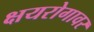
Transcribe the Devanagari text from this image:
क्षयरोगावर